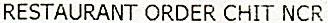
RESTAURANT ORDER CHIT NCR